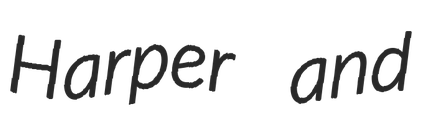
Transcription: Harper and